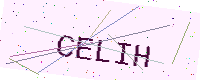
Text: CELIH